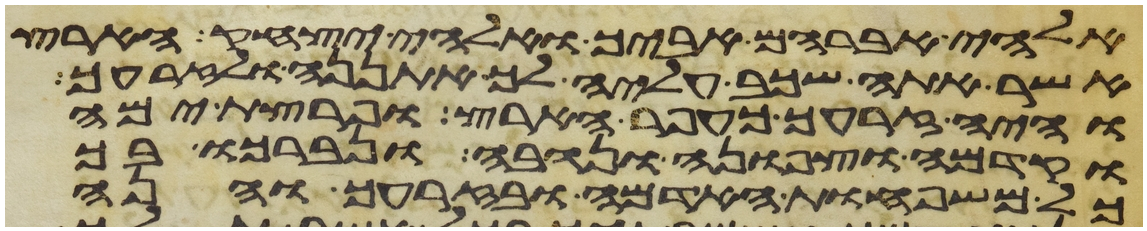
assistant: אלהי אברהם אביך ואלהי יצחק הארץ
אשר אתה שכב עליה לך אתננה ולזרעך
והיה זרעך כעפר הארץ ופרצת ימה
וקדמה וצפונה ונגבה ונברכו בך
כל משפחות האדמה ובזרעך והנה